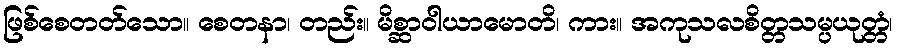
ဖြစ်စေတတ်သော။ စေတနာ၊ တည်း။ မိစ္ဆာဝါယာမောတိ၊ ကား။ အကုသလစိတ္တသမ္ပယုတ္တံ၊